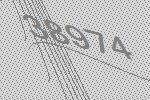
38974